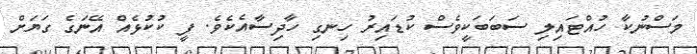
މަސްނުކާ ހުއްޓައިލި ސަބަބަކީވެސް ކުޑައިރު ހިނގި ހާދިސާއެކެވެ. ފީ ކުކުޅެއް އޭނަގެ ގަޔަށް